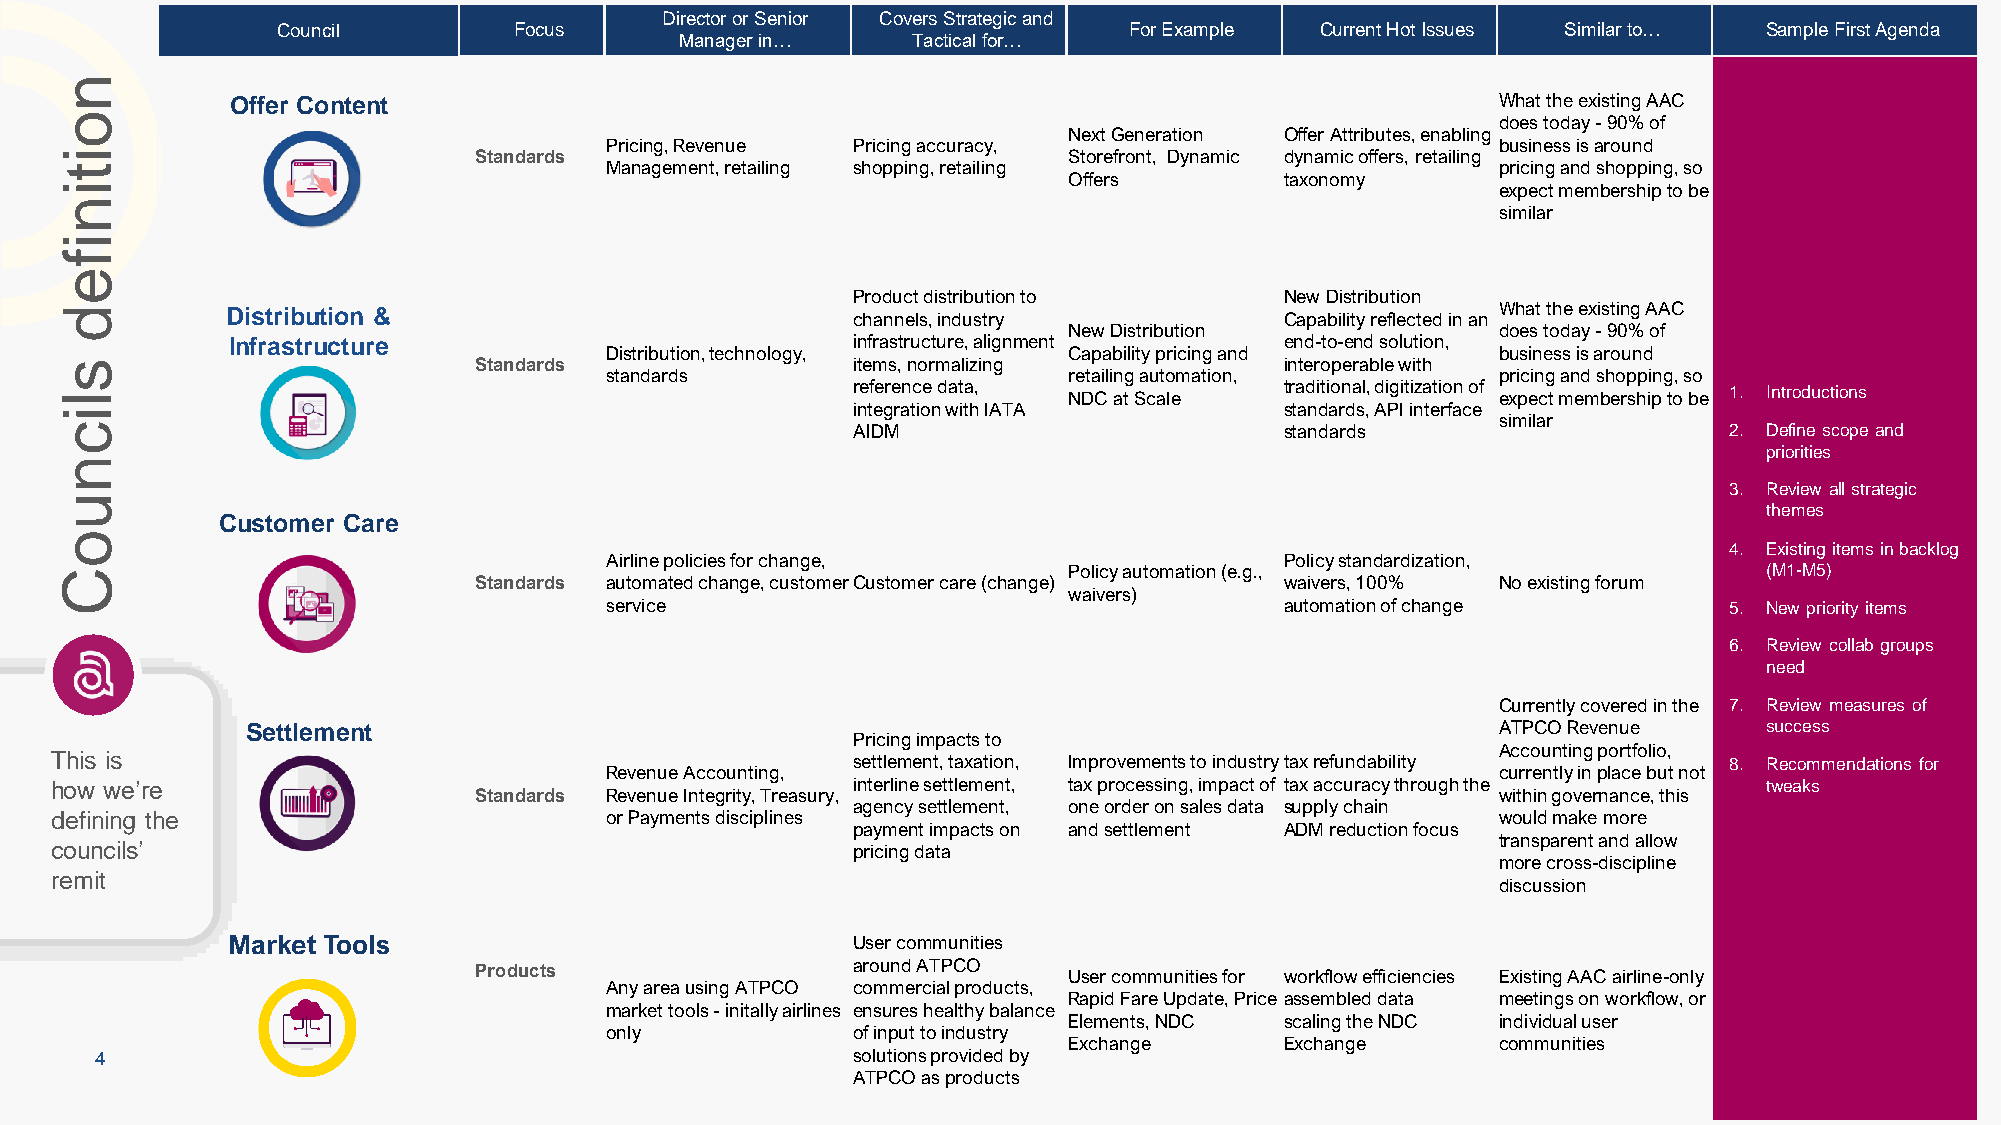
Director or Senior Covers Strategic and
 Council         Focus                                    For Example Current Hot Issues Similar to… Sample First Agenda
 Manager in…    Tactical for…
 n
 Offer Content                                                                       What the existing AAC
 o                                                                                              does today -90% of
 Next Generation Offer Attributes, enabling
 Pricing, Revenue Pricing accuracy,                         business is around
 i                          Standards                               Storefront, Dynamic dynamic offers, retailing
 t                                   Management, retailing shopping, retailing                  pricing and shopping, so
 Offers        taxonomy
 i                                                                                              expect membership to be
 n
 similar
 i
 f
 e
 Product distribution to      New Distribution
 d          Distribution &                           channels, industry           Capability reflected in an What the existing AAC
 New Distribution            does today -90% of
 Infrastructure
 Distribution, technology,
 infrastructure, alignment
 Capability pricing and
 end-to-end solution,
 business is around
 s                          Standards                items, normalizing           interoperable with
 standards                      retailing automation,       pricing and shopping, so
 l                                                   reference data, NDC at Scale traditional, digitization of expect membership to be 1. Introductions
 i                                                   integration with IATA        standards, API interface similar
 c                                                   AIDM                         standards                    2. Define scope and
 priorities
 n
 3. Review all strategic
 u
 themes
 Customer Care
 o
 4. Existing items in backlog
 Airline policies for change,                 Policy standardization,
 C                                                                  Policy automation (e.g.,                      (M1-M5)
 Standards automated change, customer Customer care (change) waivers, 100% No existing forum
 waivers)
 service                                      automation of change         5. New priority items
 6. Review collab groups
 need
 Currently covered in the 7. Review measures of
 Settlement                                                                         ATPCO Revenue     success
 Pricing impacts to
 Accounting portfolio,
 This is                                              settlement, taxation, Improvements to industry tax refundability 8. Recommendations for
 Revenue Accounting,                                        currently in place but not
 how we’re                                            interline settlement, tax processing, impact of tax accuracy through the tweaks
 Standards Revenue Integrity, Treasury,                              within governance, this
 agency settlement, one order on sales data supply chain
 defining the                         or Payments disciplines                                    would make more
 payment impacts on and settlement ADM reduction focus
 transparent and allow
 councils’                                            pricing data
 more cross-discipline
 remit
 discussion
 Market Tools                             User communities
 Products                 around ATPCO   User communities for workflow efficiencies Existing AAC airline-only
 Any area using ATPCO commercial products,
 Rapid Fare Update, Price assembled data meetings on workflow, or
 market tools -initally airlines ensures healthy balance
 Elements, NDC scaling the NDC individual user
 only            of input to industry
 Exchange      Exchange      communities
 4                                                 solutions provided by
 ATPCO as products